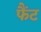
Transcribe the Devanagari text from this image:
फैंट